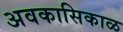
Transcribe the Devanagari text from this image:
अवकासिकाळ